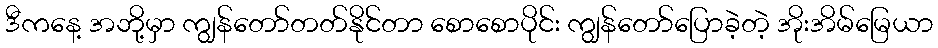
ဒီကနေ့ အဘို့မှာ ကျွန်တော်တတ်နိုင်တာ စောစောပိုင်း ကျွန်တော်ပြောခဲ့တဲ့ အိုးအိမ်မြေယာ